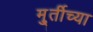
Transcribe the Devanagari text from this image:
मु्र्तीच्या